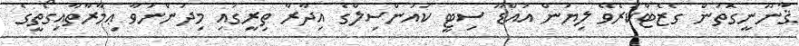
ޤާނޫނީގޮތުން ގެޒެޓްކުރެވޭ ލިޔުން އައްޑޫ ސިޓީ ކައުންސިލްގެ އިދާރާ ތިރީގައި މިދަންނަވާ ޢިމާރާތާއިގޯތީގެ